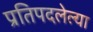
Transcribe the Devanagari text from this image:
प्रतिपदलेल्या